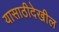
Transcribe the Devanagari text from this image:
यासाठीदेखील